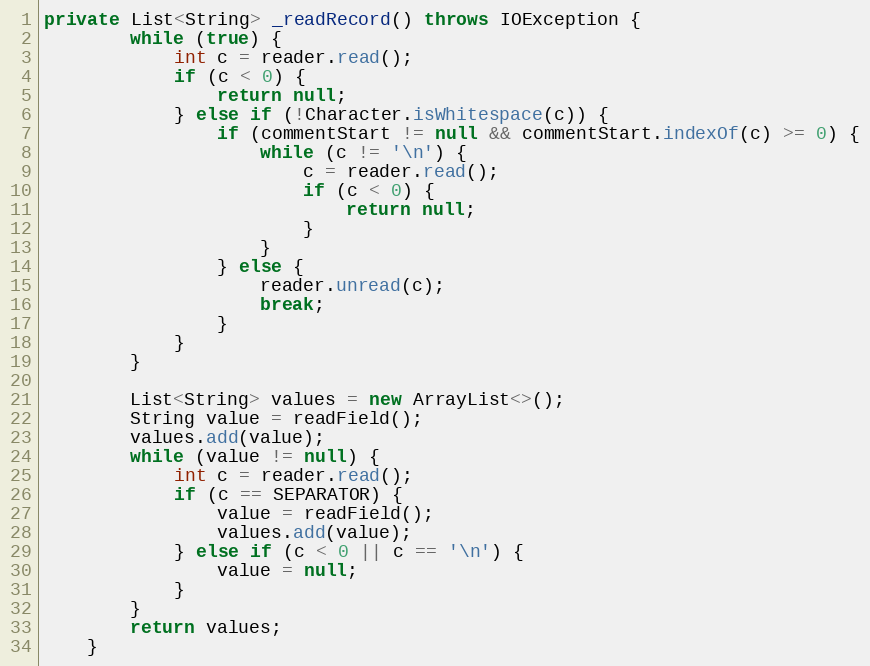
Language: Java
private List<String> _readRecord() throws IOException {
		while (true) {
			int c = reader.read();
			if (c < 0) {
				return null;
			} else if (!Character.isWhitespace(c)) {
				if (commentStart != null && commentStart.indexOf(c) >= 0) {
					while (c != '\n') {
						c = reader.read();
						if (c < 0) {
							return null;
						}
					}
				} else {
					reader.unread(c);
					break;
				}
			}
		}

		List<String> values = new ArrayList<>();
		String value = readField();
		values.add(value);
		while (value != null) {
			int c = reader.read();
			if (c == SEPARATOR) {
				value = readField();
				values.add(value);
			} else if (c < 0 || c == '\n') {
				value = null;
			}
		}
		return values;
	}